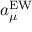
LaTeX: a _ { \mu } ^ { \mathrm { E W } }